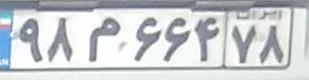
۹۸م۶۶۴۷۸